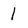
Character: 1